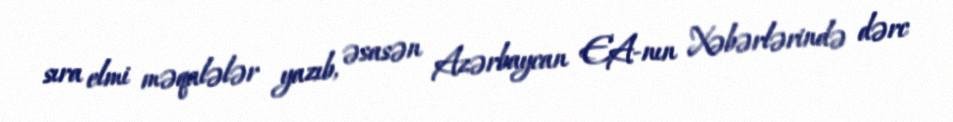
sıra elmi məqalələr yazıb, əsasən Azərbaycan EA-nın Xəbərlərində dərc